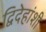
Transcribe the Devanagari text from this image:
द्विदेहांशी